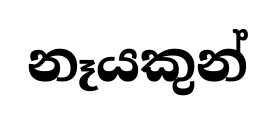
නෑයකුන්